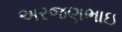
અરજણભાઇ